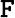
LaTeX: {\cal\mathtt{F}}